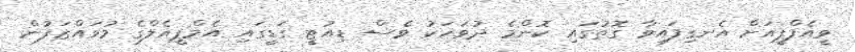
ވީއެފްޕީއަށް އެނގިފައިވާ ގޮތުގައި ކޮންމެ ދުވަހަކު ވެސް ޑިއުޓީ ގަޑީގައި އެމްޕީއެލްގެ މުވައްޒަފުން